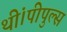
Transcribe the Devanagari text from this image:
थीं।पीपुल्स